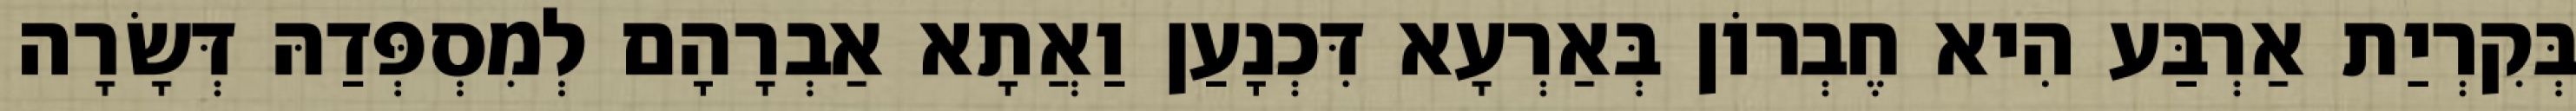
בְּקִרְיַת אַרְבַּע הִיא חֶבְרוֹן בְּאַרְעָא דִּכְנָעַן וַאֲתָא אַבְרָהָם לְמִסְפְּדַהּ דְּשָׂרָה